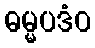
ဓမ္မပဒံဝ